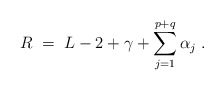
\begin{align*}R \;=\; L-2+\gamma + \sum_{j=1}^{p+q} \alpha_j \;.\end{align*}